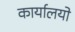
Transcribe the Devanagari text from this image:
कार्यालयो